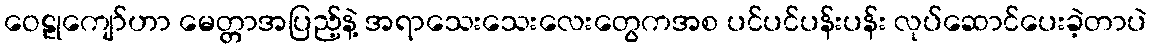
ဝေဠုကျော်ဟာ မေတ္တာအပြည့်နဲ့ အရာသေးသေးလေးတွေကအစ ပင်ပင်ပန်းပန်း လုပ်ဆောင်ပေးခဲ့တာပဲ